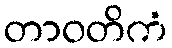
တာဝတိကံ